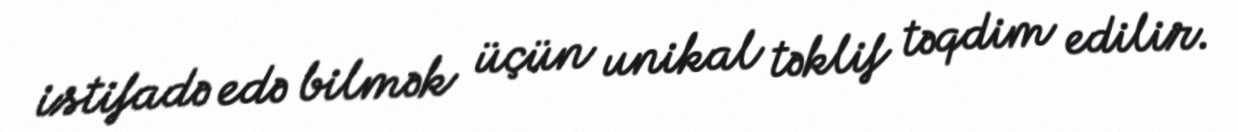
istifadə edə bilmək üçün unikal təklif təqdim edilir.